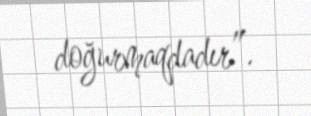
doğurmaqdadır”.